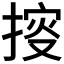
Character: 𢯱